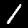
Digit: 1